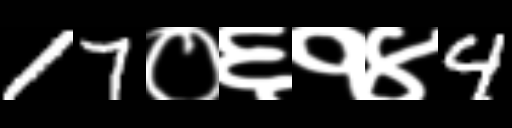
Text: 17०६१४4